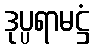
ဒုပ္ပရာမဋ္ဌံ